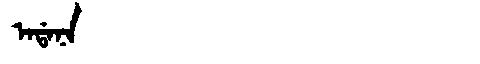
Manchu: ᠠᡩᠠᠨᠠ
Romanization: ADANA